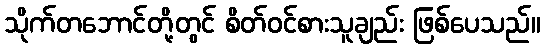
သိုက်တဘောင်တို့တွင် စိတ်ဝင်စားသူချည်း ဖြစ်ပေသည်။